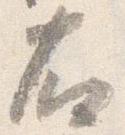
右